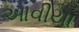
આવીયા